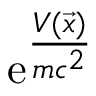
\mathrm e ^ { \frac { V ( \vec { x } ) } { m c ^ { 2 } } }